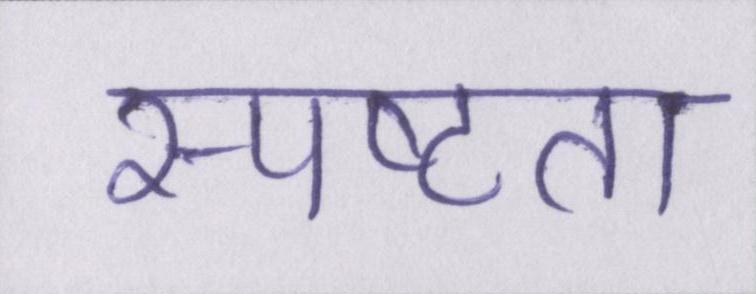
स्पष्टता